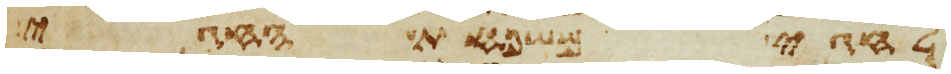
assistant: לחגי משפחת החגי